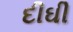
દીઘી